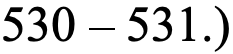
530 – 531.)